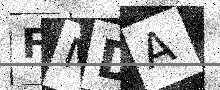
Text: FMDA